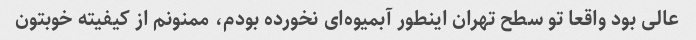
عالی بود واقعا تو سطح تهران اینطور آبمیوه‌ای نخورده بودم، ممنونم از کیفیته خوبتون